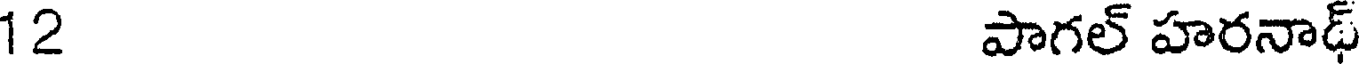
12 పాగల్ హరనాథ్